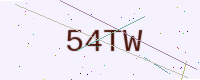
Text: 54TW